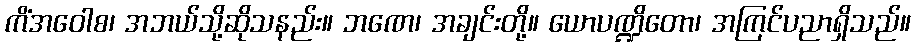
ကိံအဝေါစ၊ အဘယ်သို့ဆိုသနည်း။ ဘဏေ၊ အချင်းတို့။ ယောပဏ္ဍိတော၊ အကြင်ပညာရှိသည်။